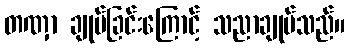
တဏှာ ချုပ်ခြင်းကြောင့် သညာချုပ်သည်။